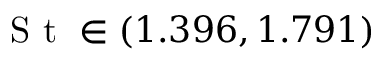
\textrm { S t } \in ( 1 . 3 9 6 , 1 . 7 9 1 )